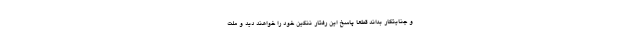
و جنایتکار بداند قطعاً پاسخ این رفتار ننگین خود را خواهند دید و ملت